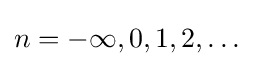
n=-\infty ,0,1,2,\ldots ~